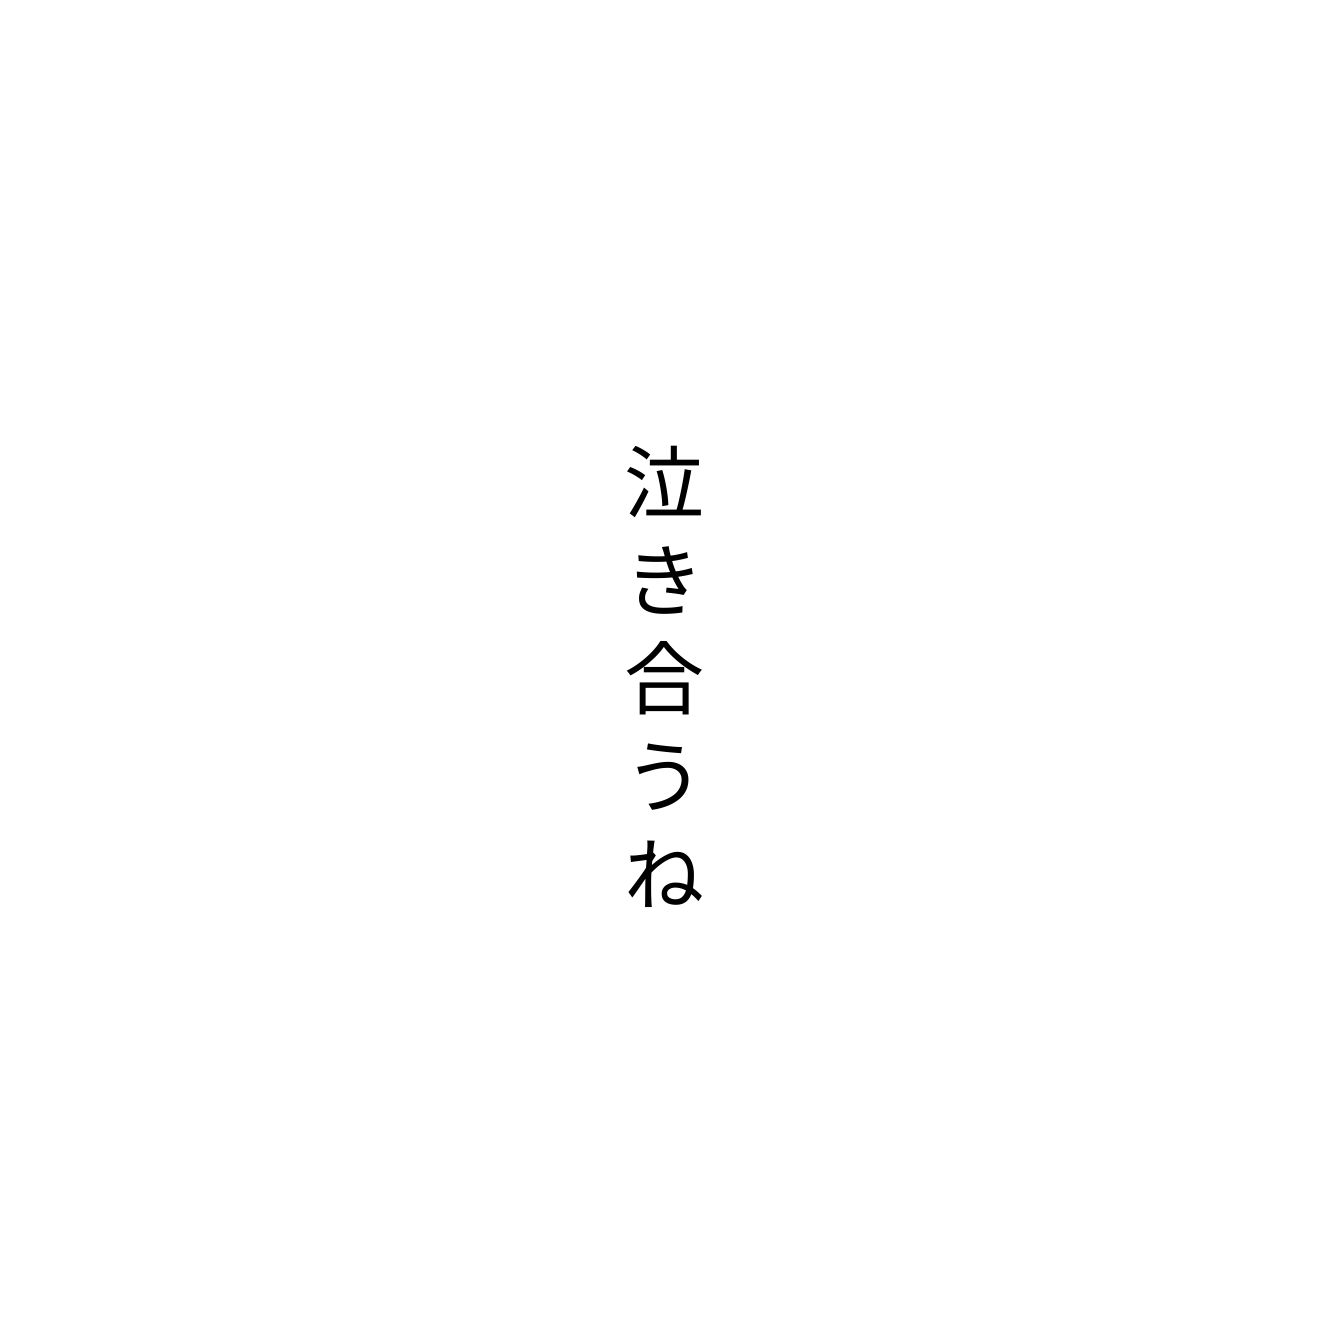
泣き合うね